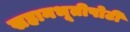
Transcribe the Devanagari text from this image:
सहानभूतीपोटी